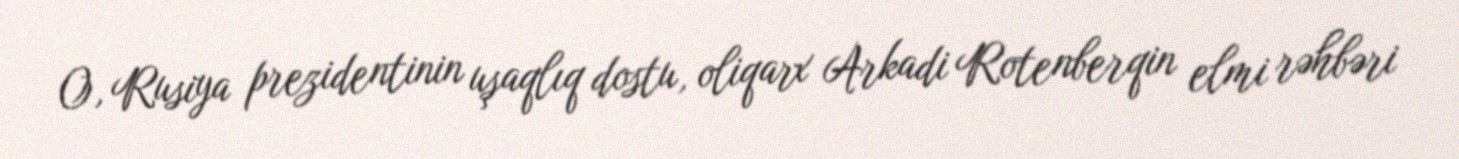
O, Rusiya prezidentinin uşaqlıq dostu, oliqarx Arkadi Rotenberqin elmi rəhbəri